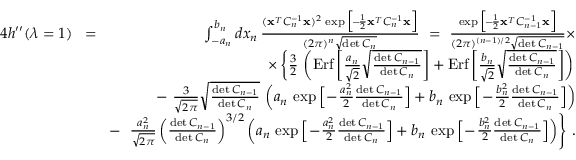
\begin{array} { r l r } { 4 h ^ { \prime \prime } ( \lambda = 1 ) } & { \! = \! } & { \int _ { - a _ { n } } ^ { b _ { n } } d x _ { n } \, { \frac { ( { \bf x } ^ { _ T } C _ { n } ^ { - 1 } { \bf x } ) ^ { 2 } \, \exp \Big [ \! - \! { \frac { 1 } { 2 } } { \bf x } ^ { _ T } C _ { n } ^ { - 1 } { \bf x } \Big ] } { ( 2 \pi ) ^ { n } \sqrt { \operatorname* { d e t } C _ { n } } } } \ = \ { \frac { \exp \Big [ \! - \! { \frac { 1 } { 2 } } { \bf x } ^ { _ T } C _ { n - 1 } ^ { - 1 } { \bf x } \Big ] } { ( 2 \pi ) ^ { ( n - 1 ) / 2 } \sqrt { \operatorname* { d e t } C _ { n - 1 } } } } \times } \\ & { } & { \times \left\{ { \frac { 3 } { 2 } } \, \left( \mathrm { E r f } \left[ { \frac { a _ { n } } { \sqrt 2 } } \sqrt { \frac { \operatorname* { d e t } C _ { n - 1 } } { \operatorname* { d e t } C _ { n } } } \right] + \mathrm { E r f } \left[ { \frac { b _ { n } } { \sqrt 2 } } \sqrt { \frac { \operatorname* { d e t } C _ { n - 1 } } { \operatorname* { d e t } C _ { n } } } \right] \right) \right. } \\ & { } & { - \ { \frac { 3 } { \sqrt { 2 \pi } } } \sqrt { \frac { \operatorname* { d e t } C _ { n - 1 } } { \operatorname* { d e t } C _ { n } } } \, \left( a _ { n } \, \exp \Big [ \! - \! { \frac { a _ { n } ^ { 2 } } { 2 } } { \frac { \operatorname* { d e t } C _ { n - 1 } } { \operatorname* { d e t } C _ { n } } } \Big ] + b _ { n } \, \exp \Big [ \! - \! { \frac { b _ { n } ^ { 2 } } { 2 } } { \frac { \operatorname* { d e t } C _ { n - 1 } } { \operatorname* { d e t } C _ { n } } } \Big ] \right) } \\ & { } & { - \ \left. { \frac { a _ { n } ^ { 2 } } { \sqrt { 2 \pi } } } \left( { \frac { \operatorname* { d e t } C _ { n - 1 } } { \operatorname* { d e t } C _ { n } } } \right) ^ { 3 / 2 } \left( a _ { n } \, \exp \Big [ \! - \! { \frac { a _ { n } ^ { 2 } } { 2 } } { \frac { \operatorname* { d e t } C _ { n - 1 } } { \operatorname* { d e t } C _ { n } } } \Big ] + b _ { n } \, \exp \Big [ \! - \! { \frac { b _ { n } ^ { 2 } } { 2 } } { \frac { \operatorname* { d e t } C _ { n - 1 } } { \operatorname* { d e t } C _ { n } } } \Big ] \right) \right\} \, . } \end{array}